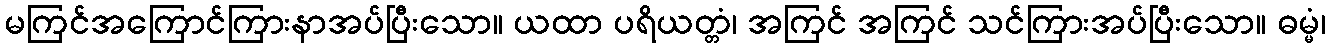
မကြင်အကြောင်ကြားနာအပ်ပြီးသော။ ယထာ ပရိယတ္တံ၊ အကြင် အကြင် သင်ကြားအပ်ပြီးသော။ ဓမ္မံ၊